画像に写った文字を読んでください
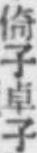
「倚子卓子」と書いてあります